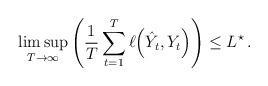
LaTeX: \begin{align*}\limsup_{T \to \infty} \left( \frac{1}{T} \sum_{t=1}^T \ell \Big(\hat Y_t,Y_t\Big) \right) \leq L^{\star}\,.\end{align*}